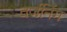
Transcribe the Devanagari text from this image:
वर्जनिंग